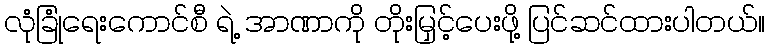
လုံခြုံရေးကောင်စီ ရဲ့ အာဏာကို တိုးမြှင့်ပေးဖို့ ပြင်ဆင်ထားပါတယ်။